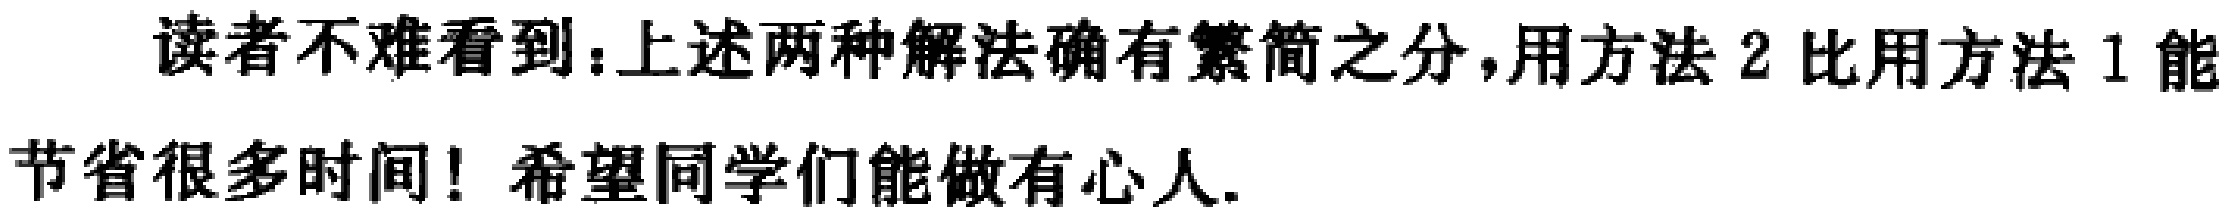
读者不难看到：上述两种解法确有繁简之分，用方法2比用方法1能节省很多时间！希望同学们能做有心人.